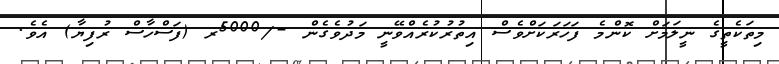
މިތަކެތީގެ ނީލަމަށް ކޮންމެ ފަހަރަކަށްވެސް އިތުރުކުރެއްވޭނީ މަދުވެގެން -/5000ރ (ފަސްހާސް ރުފިޔާ) އެވެ.